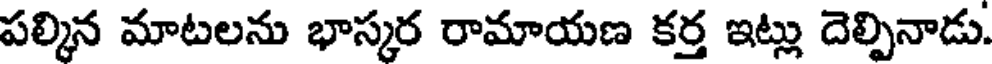
పల్కిన మాటలను భాస్కర రామాయణ కర్త ఇట్లు దెల్పినాడు.